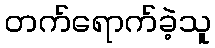
တက်ရောက်ခဲ့သူ